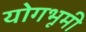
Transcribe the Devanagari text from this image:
योगभूमी